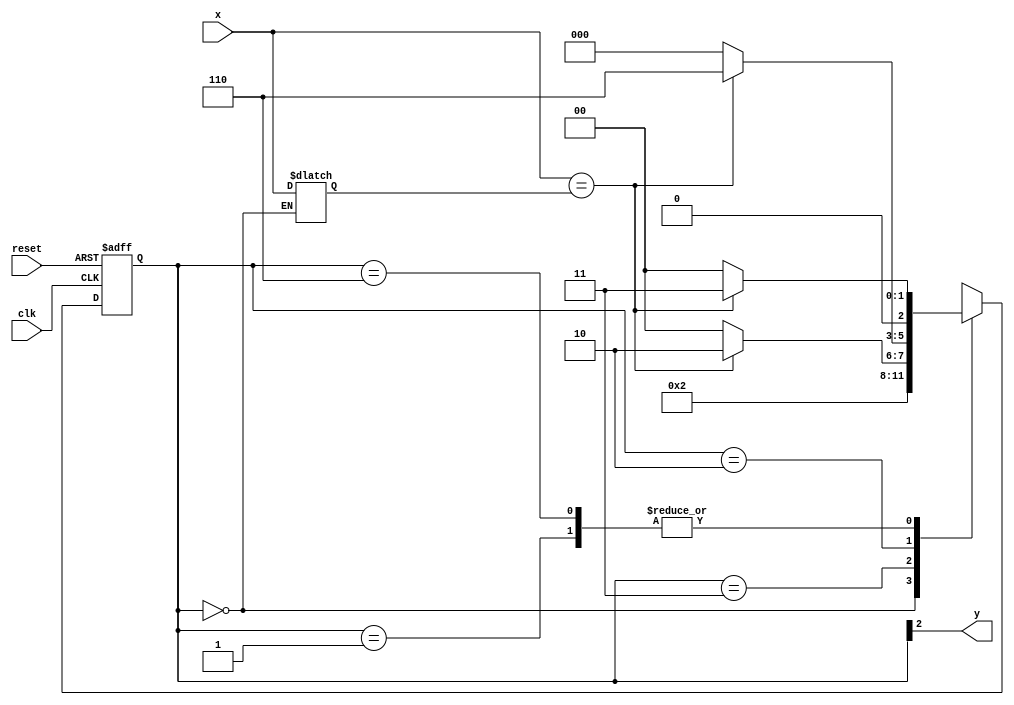
// Exemplo0056
// Aluno: Samuel Eusbio da Silva

// -------------- 
// --- Moore FSM 
// -------------- 

// constant definition 
`define found 1 
`define notfound 0 

// FSM by Moore 
module moorexxxx ( y, x, clk, reset ); 
output y; 
input x; 
input clk; 
input reset; 
reg y; 
reg z;
parameter // state identifiers 

start = 3'b000, 
id1 = 3'b001, 
id11 = 3'b011, 
id110 = 3'b010, 
id1101 = 3'b110; // signal found 

reg [2:0] E1; // current state variables 
reg [2:0] E2; // next state logic output 

// next state logic 
always @( x or E1 ) 
	begin 
	case( E1 ) 
	start:   
	begin
     E2 = id1; 
	  z = x;
	 end
	id1: 
		if ( x == z ) 
			E2 = id11; 
		else 
		   E2 = start; 
	id11: 
		if ( x == z ) 
			E2 = id110; 
		else 
			E2 = start; 
	id110: 
		if ( x == z ) 
			E2 = id1101; 
		else 
			E2 = start; 
	id1101: 
		if ( x == z ) 
			E2 = id11; 
		else
			E2 = start;
default: // undefined statee 
E2 = 3'bxxx; 
endcase 
end // always at signal or state changing 

// state variables 
always @( posedge clk or negedge reset ) 
begin 
if ( reset ) 
E1 = E2; // updates current state 
else 
E1 = 0; // reset 
end // always at signal changing 

// output logic 
always @( E1 ) 
begin 
y = E1[2]; // first bit of state value 

end // always at state changing 

endmodule // moorexxxx